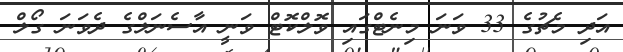
އަދި މެޗުގެ 33 ވަނަ މިނެޓްގައި ވޮލްކޮޓް ވަނީ އާސެނަލްގެ ދެވަނަ ގޯލް